Lunatic asylums in Bengal annual reports 1888-1898 - 1888-1898
Year: 1888
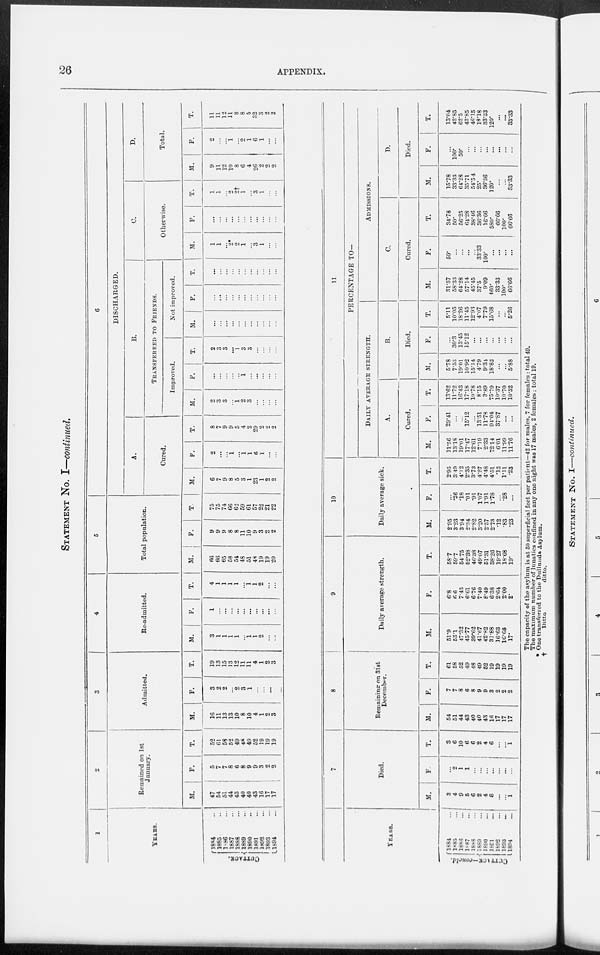
26
APPENDIX.
STATEMANT NO. I—continued.
1
YEARS.
CUTTACK.
1884 ...
1865...
1886 ...
1887 ...
1888 ...
1889 ...
1890 ...
1891 ...
1892 ...
1893 ...
1894 ...
2
Remained on 1st
January.
M.
47
54
51
44
43
40
40
43
16
17
17
F.
5
7
7
8
6
8
9
9
3
2
2
T.
52
61
58
52
49
48
49
52
19
19
19
3
Admitted.
M.
16
11
13 13
10
8
10
4
1
2
3
F.
3
2
2
...
2
3
1
...
...
...
...
T.
19
13
15
13
12
11
11
4
1
2
3
4
Re-admitted.
M.
3
1
1
1
1
...
1
1
2
...
...
F.
1
...
...
...
...
...
...
...
...
...
...
T.
4
1
1
1
1
...
1
1
2
...
...
5
Total population.
M.
66
66
65
58
54
48
51
48
19
19
20
F.
9
9
9
8
8
11
10
9
3
2
2
T.
75
75
74
66
62
59
61
57
22
21
22
6
DISCHARGED.
A.
Cured.
M.
6
7
9
8
5
3
1
23
1
2
2
F.
2
...
...
1
...
1
1
6
1
...
...
T.
8
7
9
9
5
4
2
29
2
2
2
B.
TRANSFERRED TO FRIENDS.
Improved.
M.
2
3
3
...
1
2
3
...
...
... ...
F.
...
...
...
...
...
1
...
...
...
...
...
T.
2
3
3
...
1
3
3
...
...
...
...
Not improved.
M.
...
...
...
...
...
...
...
...
...
...
...
F.
...
...
...
...
...
...
...
...
...
...
...
T.
...
...
...
...
...
...
...
...
...
...
...
0.
Otherwise.
M.
1
1
...
2*
2
1
...
3
1
...
...
F.
...
...
...
...
...
...
...
...
...
...
...
T.
1
1
...
2
2†
1
...
3
1
...
...
D.
Total.
M.
9
11
12
10
8
6
4
26
2
2
2
F.
2
...
...
1
...
2
1
6
1
... ...
T.
11
11
12
11
8
8
5
32
3
2
2
YEARS.
CUTTACK—concld.
1884 ...
1885 ...
1886 ...
1887
...
1888 ...
1889
...
1890
...
1891 ...
1892
...
1893
...
1894
...
7
Died.
M.
3
4
9
5
6
2
4
6
...
...
1
F.
...
2
1
1
...
...
...
...
...
...
...
T.
3
6
10
6
6
2
4
6
...
...
1
8
Remaining on 31st
December.
M.
54
51
44
43
40
40
43
16
17
17
17
F.
7
7
8
6
8
9
9
3
2
2
2
T.
61
58
52
49
48
49
52
19
19
19
19
9
Daily average strength.
M.
51.9
53.1
47.32
45.77
39.62
41.67
42.82
31.88
16.63
16.68
17.
F.
6.8
6.6
7.43
6.61
6.76
7.40
8.49
6.38
2.64
2.00
2.
T.
58.7
59.7
54.75
52.38
46.38
49.07
51.31
38.26
19.27
18.68
19.
10
Daily average sick.
M.
2.95
3 23
3.94
2..34
2.82
3.20
2.57
2.73
.12
.83
.23
F.
...
.26
.18
.01
.91
1.07
1.91
1.78
...
.28
...
T.
2.95
3.49
4.12
2.35
3.73
4.27
4.48
4.51
.12
1.11
.23
11
PERCENTAGE TO—
DAILY AVERAGE STRENGTH.
A.
Cured.
M.
11.56
13.18
19.01
17.47
12.61
7.19
2.33
72.14
6.01
11.99
11.76
F.
29.41
...
...
15.12
...
13.51
11.78
94.04
37.87
...
...
T.
13.62
11.72
16.43
17.18
10.78
8.15
3.89
75.79
10.37
10.70
10.52
B.
Died.
M.
5.78
7.53
19.01
10.92
15.14
4.79
9.31
18.82
...
...
5.88
F.
...
30.3
13.45
15.12
...
...
...
...
...
...
...
T.
5.11
10.05
18.26
11.45
12.93
4.07
7.79
15.68
...
..
5.26
ADMISSIONS.
C.
Cured.
M.
31.57
58.33
64.28
57.14
45.45
37.5
9.09
460.
33.33
100.
66.66
F.
50.
...
...
...
...
33.33
100.
...
...
...
...
T.
34.78
50.
56.25
64.28
38.46
36.36
16.66
580.
66.66
100.
66.66
D.
Died.
M.
15.78
33.33
64.28
35.71
54.54
25.
36.36
120.
...
...
33.33
F.
...
100.
50.
...
...
...
...
...
...
...
...
T.
13.04
42.85
62.5
42.85
46.15
18.18
33.33
120.
...
...
33.33
The capacity of the asylum is at 50 superficial feet per patient—42 for males, 7 for females: total 49.
The maximum number of lunatics confined in any one night was 17 males, 2 females: total 19.
* One transferred to the Dullunda Asylum.
†
Ditto
ditto.